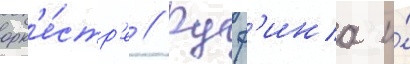
орк'е́стр'е // Руф'ина и́